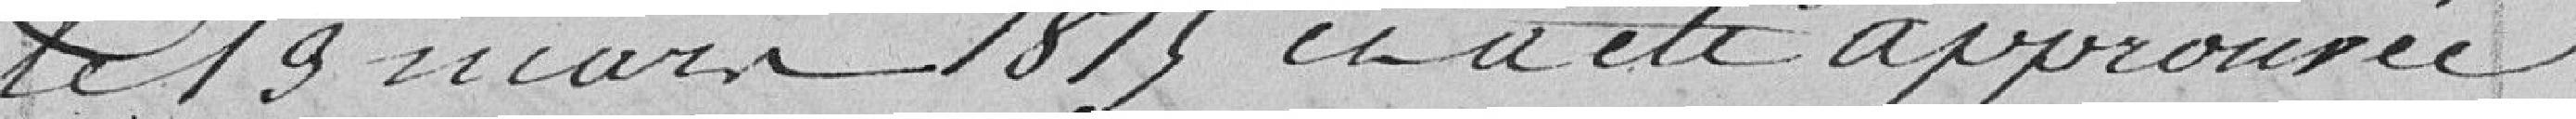
le 19 mars 1815 et a été approuvée